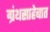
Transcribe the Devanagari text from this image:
ग्रंथसाहेबात